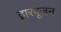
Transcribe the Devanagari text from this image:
द्वारपूजन